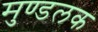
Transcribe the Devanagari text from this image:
मुण्डलक